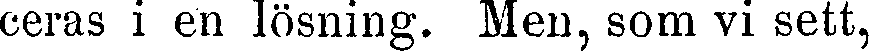
ceras i en lösning. Men, som vi sett,